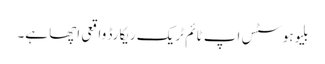
بلیوہوسٹس اپ ٹائم ٹریک ریکارڈ واقعی اچھا ہے۔